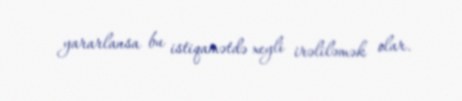
yararlansa bu istiqamətdə xeyli irəliləmək olar.